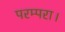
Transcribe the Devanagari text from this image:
परम्परा।